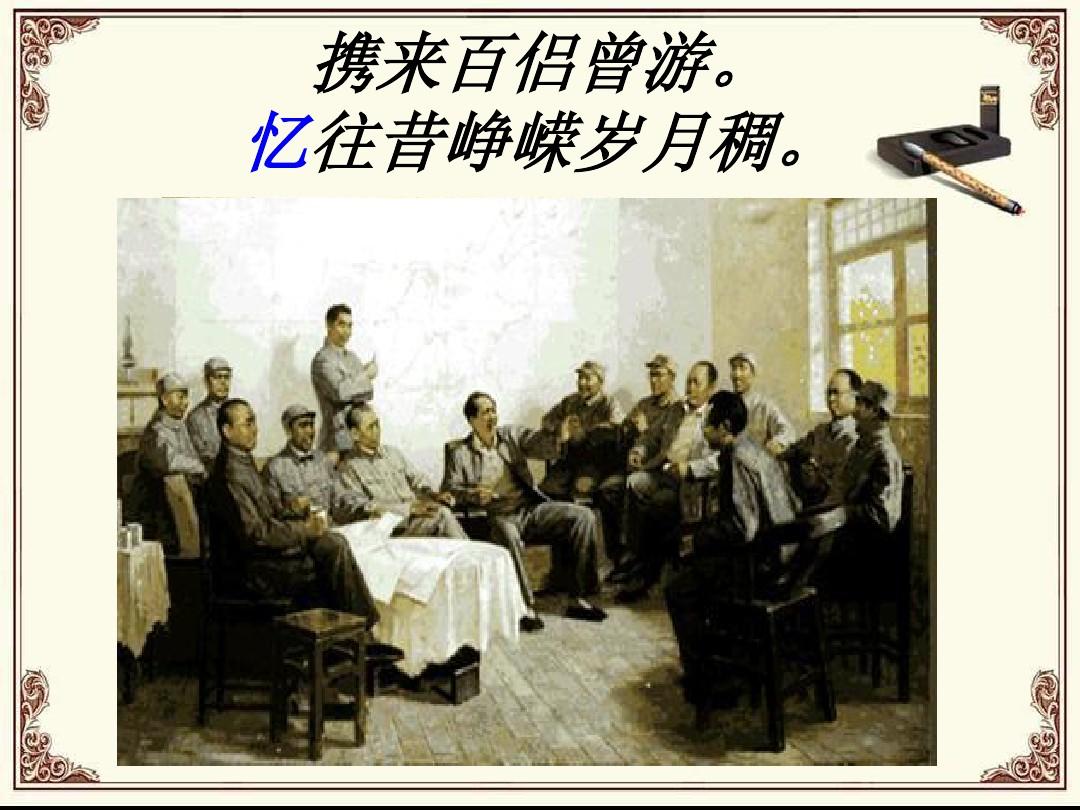
携来百侣曾游，忆往昔峥嵘岁月稠。